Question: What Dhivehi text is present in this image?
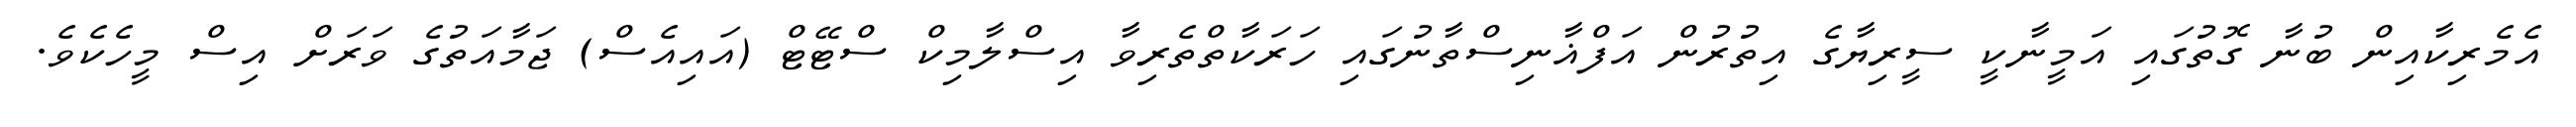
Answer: އެމެރިކާއިން ބުނާ ގޮތުގައި އަމީނާކީ ސީރިޔާގެ އިތުރުން އަފްޣާނިސްތާނުގައި ހަރަކާތްތެރިވާ އިސްލާމިކް ސްޓޭޓް (އައިއެސް) ޖަމާއަތުގެ ވަރަށް އިސް މީހެކެވެ.